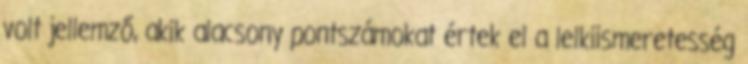
volt jellemző, akik alacsony pontszámokat értek el a lelkiismeretesség